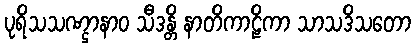
ပုရိသသဏ္ဌာနာဝ သီဒန္တိ နာတိကာဠိကာ သာသဒိသတော